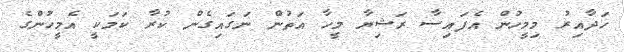
ހަދާއިރު މިމީހުން އެފައިސާ ރަޝިޔާ މީހާ އަތުން ނަގައިގެން ކުރާ ކަމަކީ އެމީހުންގެ